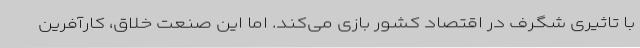
با تاثیری شگرف در اقتصاد کشور بازی می‌کند. اما این صنعت خلاق، کارآفرین